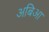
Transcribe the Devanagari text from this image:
अबिआ